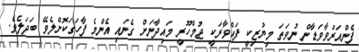
ފެންއަރުވާވަޑާން ނުވަތަ މިޔުޒިކީ ފައްވާރަކީ ޖުމްހޫރީ މައިދާނަށް ގެނައި އެންމެ ފާހަގަކޮށްލެވޭ ބަދަލެވެ.